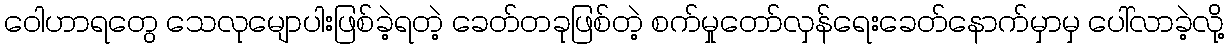
ဝေါဟာရတွေ သေလုမျောပါးဖြစ်ခဲ့ရတဲ့ ခေတ်တခုဖြစ်တဲ့ စက်မှုတော်လှန်ရေးခေတ်နောက်မှာမှ ပေါ်လာခဲ့လို့